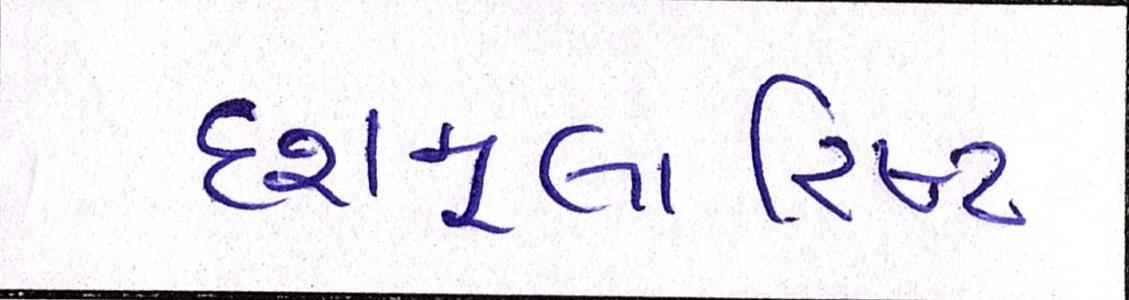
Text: દશમૂલારિષ્ટ